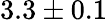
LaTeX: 3.3\pm 0.1